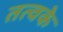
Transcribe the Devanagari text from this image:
तत्वके